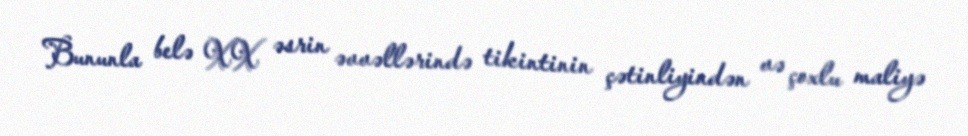
Bununla belə XX əsrin əvvəllərində tikintinin çətinliyindən və çoxlu maliyə